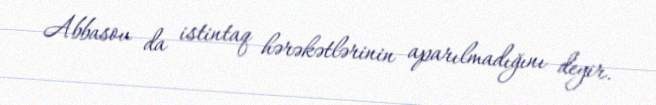
Abbasov da istintaq hərəkətlərinin aparılmadığını deyir.